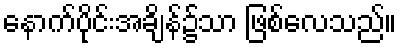
နောက်ပိုင်းအချိန်၌သာ ဖြစ်လေသည်။